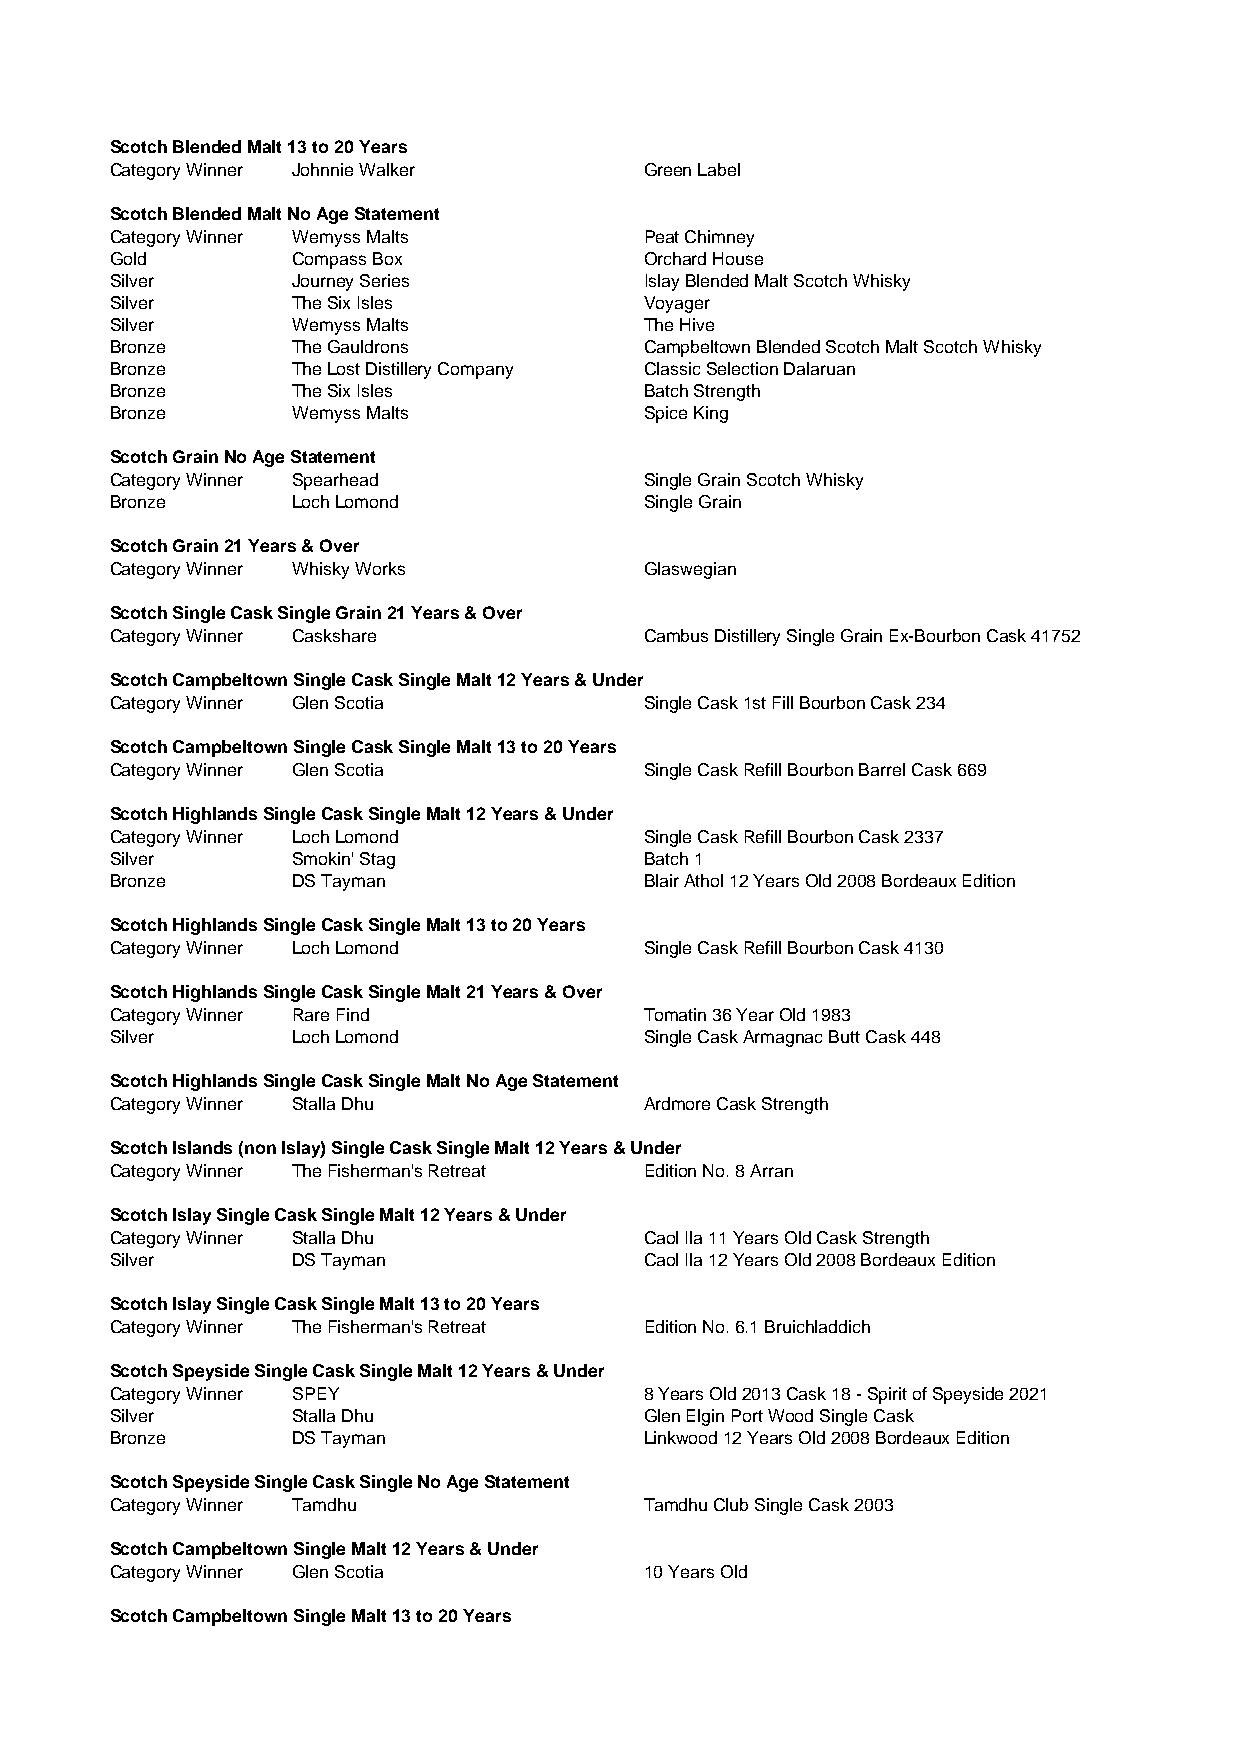
Scotch Blended Malt 13 to 20 Years
 Category Winner Johnnie Walker      Green Label
 Scotch Blended Malt No Age Statement
 Category Winner Wemyss Malts        Peat Chimney
 Gold        Compass Box             Orchard House
 Silver      Journey Series          Islay Blended Malt Scotch Whisky
 Silver      The Six Isles           Voyager
 Silver      Wemyss Malts            The Hive
 Bronze      The Gauldrons           Campbeltown Blended Scotch Malt Scotch Whisky
 Bronze      The Lost Distillery Company Classic Selection Dalaruan
 Bronze      The Six Isles           Batch Strength
 Bronze      Wemyss Malts            Spice King
 Scotch Grain No Age Statement
 Category Winner Spearhead           Single Grain Scotch Whisky
 Bronze      Loch Lomond             Single Grain
 Scotch Grain 21 Years & Over
 Category Winner Whisky Works        Glaswegian
 Scotch Single Cask Single Grain 21 Years & Over
 Category Winner Caskshare           Cambus Distillery Single Grain Ex-Bourbon Cask 41752
 Scotch Campbeltown Single Cask Single Malt 12 Years & Under
 Category Winner Glen Scotia         Single Cask 1st Fill Bourbon Cask 234
 Scotch Campbeltown Single Cask Single Malt 13 to 20 Years
 Category Winner Glen Scotia         Single Cask Refill Bourbon Barrel Cask 669
 Scotch Highlands Single Cask Single Malt 12 Years & Under
 Category Winner Loch Lomond         Single Cask Refill Bourbon Cask 2337
 Silver      Smokin' Stag            Batch 1
 Bronze      DS Tayman               Blair Athol 12 Years Old 2008 Bordeaux Edition
 Scotch Highlands Single Cask Single Malt 13 to 20 Years
 Category Winner Loch Lomond         Single Cask Refill Bourbon Cask 4130
 Scotch Highlands Single Cask Single Malt 21 Years & Over
 Category Winner Rare Find           Tomatin 36 Year Old 1983
 Silver      Loch Lomond             Single Cask Armagnac Butt Cask 448
 Scotch Highlands Single Cask Single Malt No Age Statement
 Category Winner Stalla Dhu          Ardmore Cask Strength
 Scotch Islands (non Islay) Single Cask Single Malt 12 Years & Under
 Category Winner The Fisherman's Retreat Edition No. 8 Arran
 Scotch Islay Single Cask Single Malt 12 Years & Under
 Category Winner Stalla Dhu          Caol Ila 11 Years Old Cask Strength
 Silver      DS Tayman               Caol Ila 12 Years Old 2008 Bordeaux Edition
 Scotch Islay Single Cask Single Malt 13 to 20 Years
 Category Winner The Fisherman's Retreat Edition No. 6.1 Bruichladdich
 Scotch Speyside Single Cask Single Malt 12 Years & Under
 Category Winner SPEY                8 Years Old 2013 Cask 18 - Spirit of Speyside 2021
 Silver      Stalla Dhu              Glen Elgin Port Wood Single Cask
 Bronze      DS Tayman               Linkwood 12 Years Old 2008 Bordeaux Edition
 Scotch Speyside Single Cask Single No Age Statement
 Category Winner Tamdhu              Tamdhu Club Single Cask 2003
 Scotch Campbeltown Single Malt 12 Years & Under
 Category Winner Glen Scotia         10 Years Old
 Scotch Campbeltown Single Malt 13 to 20 Years